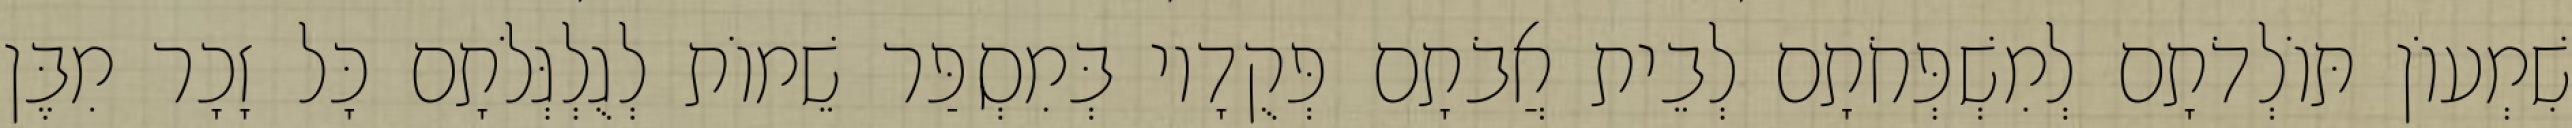
שִׁמְעוֹן תּוֹלְדֹתָם לְמִשְׁפְּחֹתָם לְבֵית אֲבֹתָם פְּקֻדָיו בְּמִסְפַּר שֵׁמוֹת לְגֻלְגְּלֹתָם כָּל זָכָר מִבֶּן